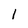
Character: 1